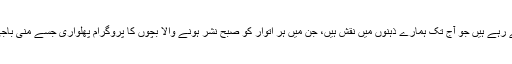
ریڈیو پاکستان کی تاریخ میں بھی بہت سے ایسے پروگرام نشر ہوتے رہے ہیں جو آج تک ہمارے ذہنوں میں نقش ہیں، جن میں ہر اتوار کو صبح نشر ہونے والا بچوں کا پروگرام پھلواری جسے مُنی باجی اور رفیق بھیا پیش کرتے تھے، بچوں کا مقبول ترین پروگرام تھا۔